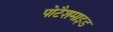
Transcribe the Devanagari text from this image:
पोटैशमाइड